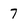
Character: 7